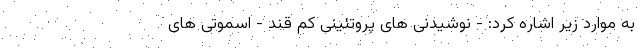
به موارد زیر اشاره کرد: - نوشیدنی های پروتئینی کم قند - اسموتی های